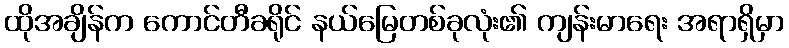
ထိုအချိန်က ကောင်တီခရိုင် နယ်မြေတစ်ခုလုံး၏ ကျန်းမာရေး အရာရှိမှာ